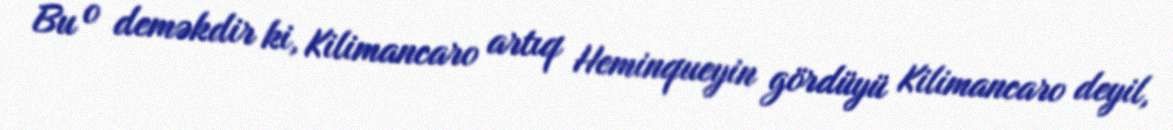
Bu o deməkdir ki, Kilimancaro artıq Heminqueyin gördüyü Kilimancaro deyil,